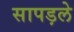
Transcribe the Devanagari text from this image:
सापड़ले